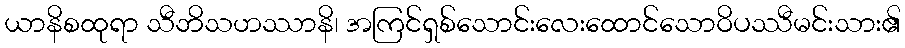
ယာနိစထုရာ သီဘိသဟဿာနိ၊ အကြင်ရှစ်သောင်းလေးထောင်သောဝိပဿီမင်းသား၏